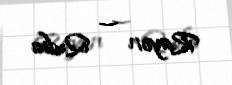
Rayon — Quba